Annual administration and progress report of the Indian Medical Department, Bombay
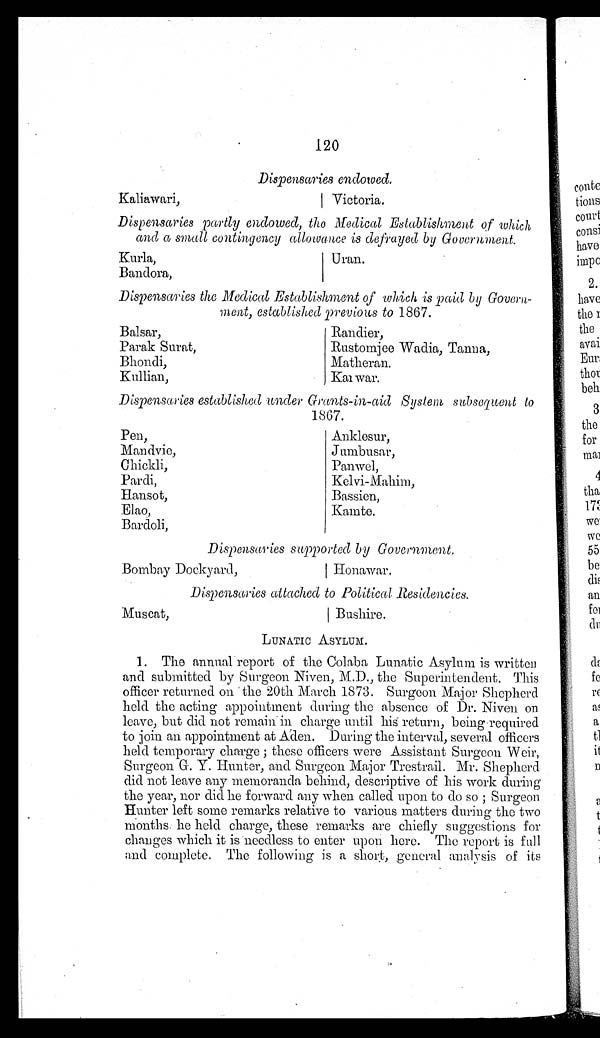
120
Dispensaries endowed.
Kaliawari,
Victoria.
Dispensaries partly endowed, the Medical Establishment of which
and a small contingency allowance is defrayed by Government.
Kurla,
Uran.
Bandora,
Dispensaries the Medical Establishment of which is paid by Govern
-ment, established previous to 1867.
Balsar,
Randier,
Parak Surat,
Rustomjee Wadia, Tanna,
Bhondi,
Matheran,
Kullian,
Karwar.
Dispensaries established under Grants-in-aid System subsequent to
1867.
Pen,
Anklesur,
Mandvie,
Jumbusar,
Chickli,
Panwel,
Pardi,
Kelvi-Mahim,
Hansot,
Bassien,
Elao,
Kamte.
Bardoli,
Dispensaries supported by Government.
Bombay Dockyard,
Honawar.
Dispensaries attached to Political Residencies.
Muscat,
Bushire.
LUNATIC ASYLUM.
1. The annual report of the Colaba Lunatic Asylum is written
and submitted by Surgeon Niven, M.D., the Superintendent. This
officer returned on the 20th March 1873. Surgeon Major Shepherd
held the acting appointment during the absence of Dr. Niven on
leave, but did not remain in charge until his return, being required
to join an appointment at Aden. During the interval, several officers
held temporary charge; these officers were Assistant Surgeon Weir,
Surgeon G. Y. Hunter, and Surgeon Major Trestrail. Mr. Shepherd
did not leave any memoranda behind, descriptive of his work during
the year, nor did he forward any when called upon to do so; Surgeon
Hunter left some remarks relative to various matters during the two
months he held charge, these remarks are chiefly suggestions for
changes which it is needless to enter upon here. The report is full
and complete. The following is a short, general analysis of its